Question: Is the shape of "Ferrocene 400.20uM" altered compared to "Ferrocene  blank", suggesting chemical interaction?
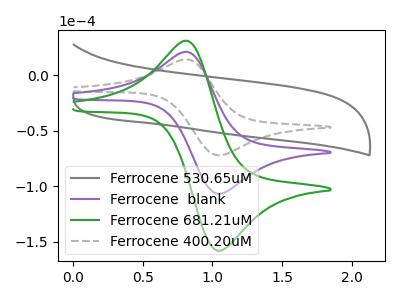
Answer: <think>The gray curve "Ferrocene 530.65uM" has no peaks. The purple curve "Ferrocene  blank" has an anodic peak at (0.80V, 20.80uA) and a cathodic peak at (1.05V, -106.80uA). The green curve "Ferrocene 681.21uM" has an anodic peak at (0.80V, 41.60uA) and a cathodic peak at (1.05V, -213.60uA). The gray dashed curve "Ferrocene 400.20uM" has an anodic peak at (0.80V, 14.05uA) and a cathodic peak at (1.05V, -72.15uA).
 All the peaks in "Ferrocene 400.20uM" have a peak in "Ferrocene  blank" at the same potential. Every peak in "Ferrocene 400.20uM" is lower than every peak in "Ferrocene  blank".</think>
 <answer>No, "Ferrocene 400.20uM" and "Ferrocene  blank" don't appear to be significantly different in shape</answer>
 <eval>no_change</eval>